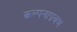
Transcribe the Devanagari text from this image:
कल्पनाप्रवण